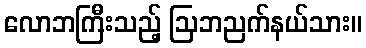
လောဘကြီးသည့် ဩဘညက်နယ်သား။